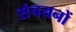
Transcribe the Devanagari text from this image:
संचयनों